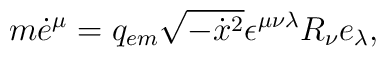
m\dot{e}^{\mu}=q_{em}\sqrt{-\dot{x}{}^{2}}\epsilon^{\mu\nu\lambda}R_{\nu}e_{\lambda},